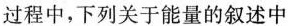
过程中，下列关于能量的叙述中